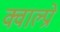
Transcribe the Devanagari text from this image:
क्वाल्प्रो